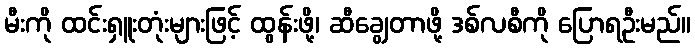
မီးကို ထင်းရှူးတုံးများဖြင့် ထွန်းဖို့၊ ဆီချွေတာဖို့ ဒစ်လစီကို ပြောရဦးမည်။